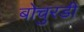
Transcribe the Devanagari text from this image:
बोचुरडी